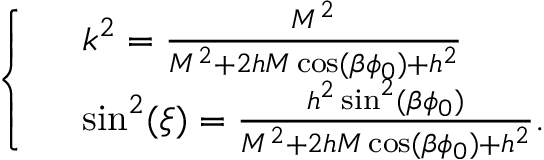
\left\{ \begin{array} { l l } { { } } & { { k ^ { 2 } = \frac { M ^ { 2 } } { M ^ { 2 } + 2 h M \cos ( \beta \phi _ { 0 } ) + h ^ { 2 } } } } \\ { { } } & { { \sin ^ { 2 } ( \xi ) = \frac { h ^ { 2 } \sin ^ { 2 } ( \beta \phi _ { 0 } ) } { M ^ { 2 } + 2 h M \cos ( \beta \phi _ { 0 } ) + h ^ { 2 } } . } } \end{array} \right.